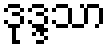
ဒုဒ္ဒသာ